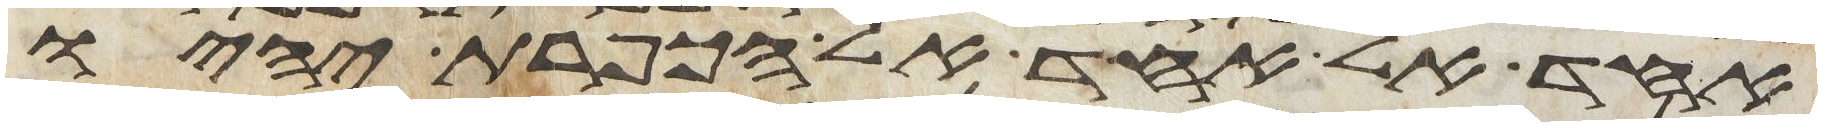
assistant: אחד אל אחד אל הכפרת יהיו